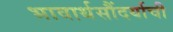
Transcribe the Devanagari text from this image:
भावार्थसौंदर्याची